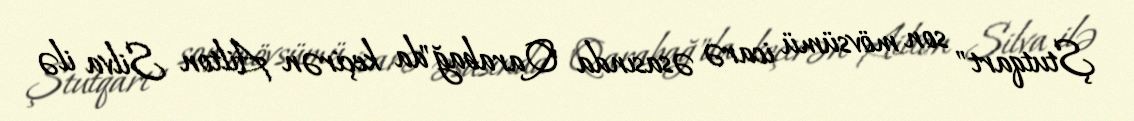
Ştutqart" son mövsümü icarə əsasında "Qarabağ"da keçirən Ailton Silva ilə